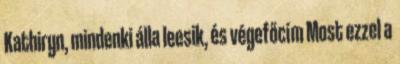
Kathiryn, mindenki álla leesik, és végefőcím Most ezzel a